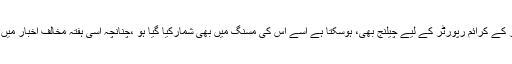
خبر انوکھی تھی اور مخالف ہمعصر اخبار کے کرائم رپورٹر کے لیے چیلنج بھی، ہوسکتا ہے اسے اس کی مسنگ میں بھی شمارکیا گیا ہو ،چنانچہ اسی ہفتہ مخالف اخبار میں کرائم رپورٹر اس سے بڑا اسکوپ لے آیا۔